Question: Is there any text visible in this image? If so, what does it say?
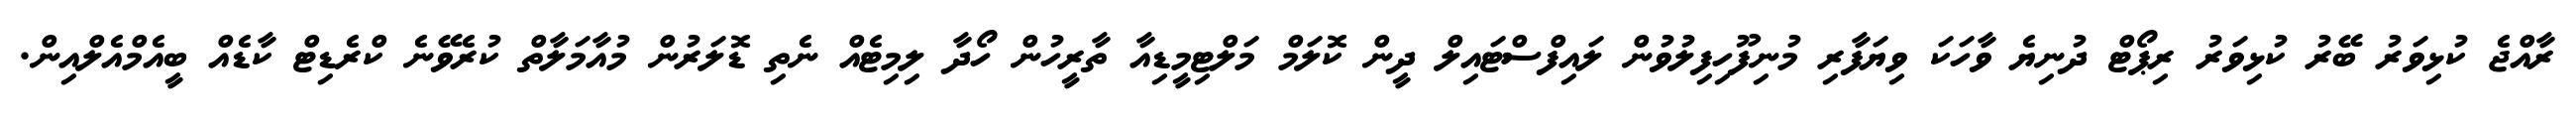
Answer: ރާއްޖެ ކުޅިވަރު ބޭރު ކުޅިވަރު ރިޕޯޓް ދުނިޔެ ވާހަކަ ވިޔަފާރި މުނިފޫހިފިލުވުން ލައިފްސްޓައިލް ދީން ކޮލަމް މަލްޓިމީޑިއާ ތާރީހުން ހޯދާ ލިމިޓެއް ނެތި ޑޮލަރުން މުއާމަލާތް ކުރެވޭނެ ކްރެޑިޓް ކާޑެއް ބީއެމްއެލްއިން.